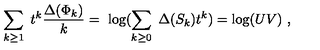
\sum _ { k \geq 1 } \ t ^ { k } { \frac { \Delta ( \Phi _ { k } ) } { k } } = \ \log ( \sum _ { k \geq 0 } \ \Delta ( S _ { k } ) t ^ { k } ) = \log ( U V ) \ ,